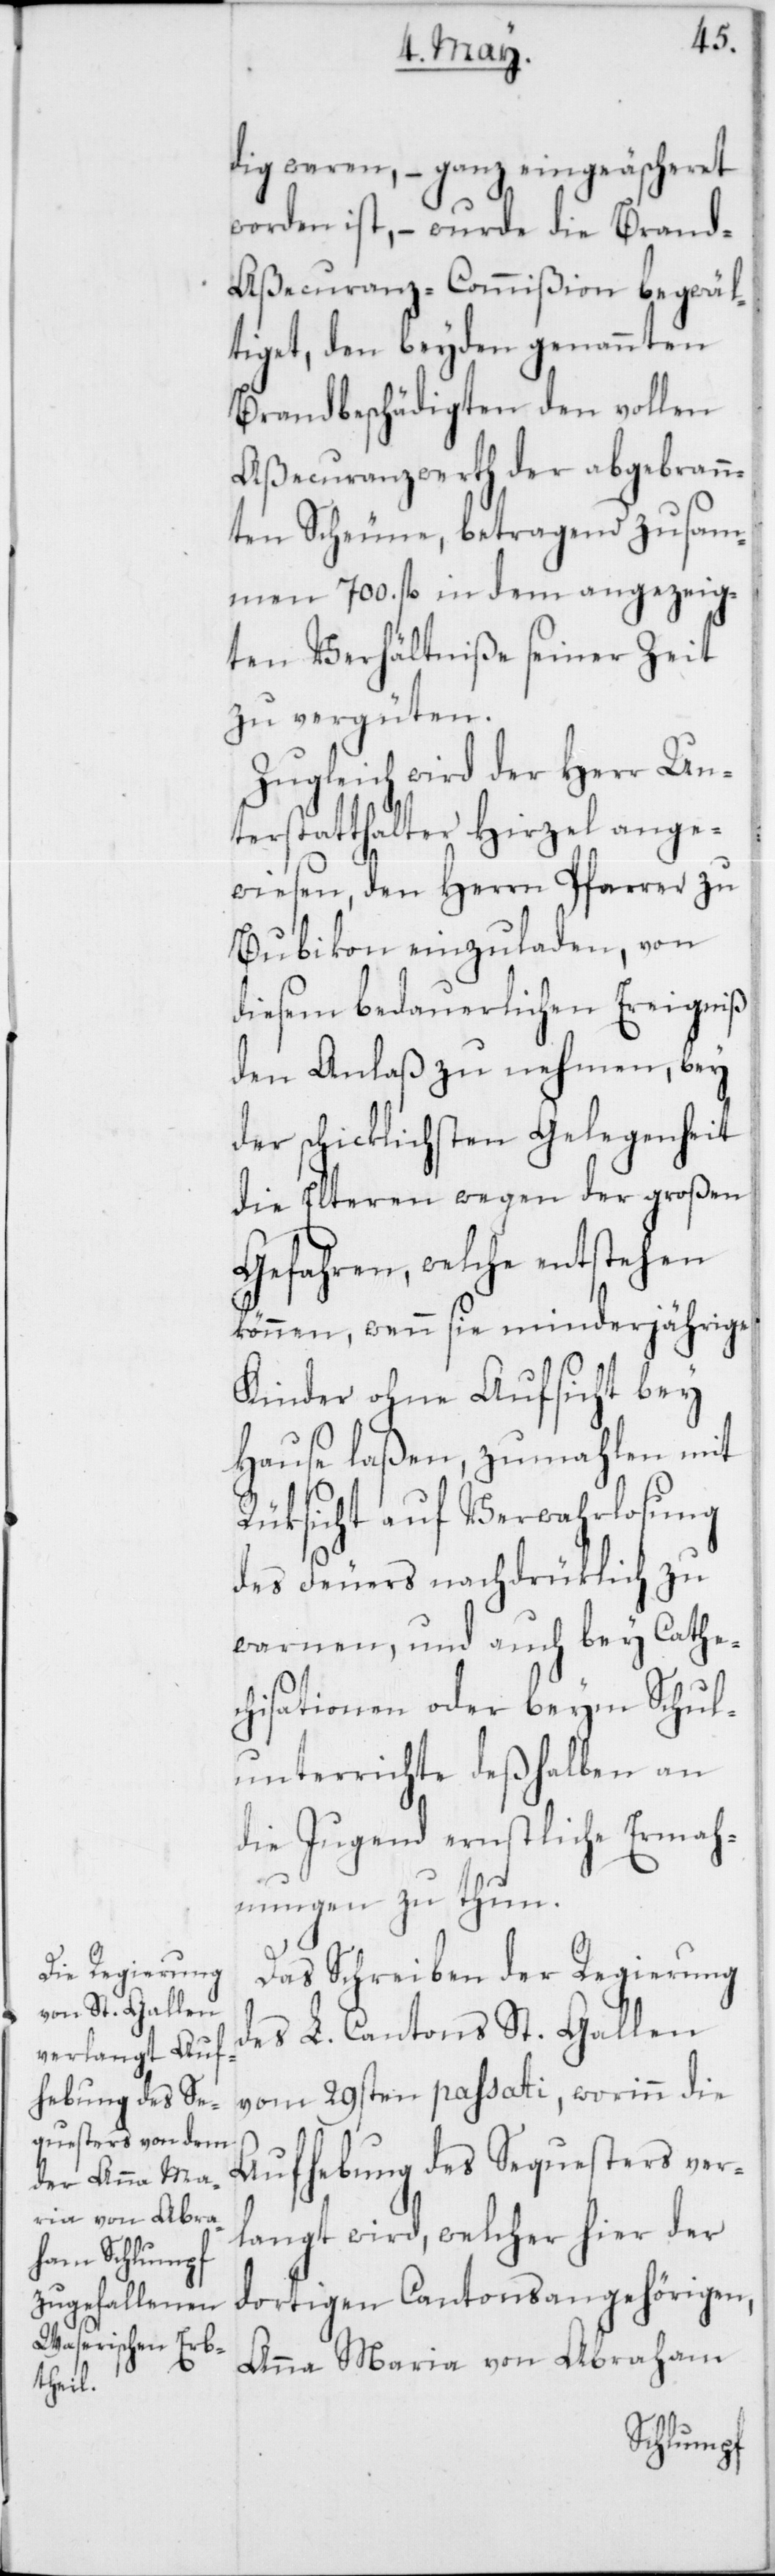
dig waren, – ganz eingeäscheret
worden ist, – wurde die Brand-A¬
ßecuranz-Commißion begwäl¬
tiget, den beyden genannten
Brandbeschädigten den vollen
Aßecuranzwerth der abgebrann¬
ten Scheune, betragend zusam¬
men 700. fl. in dem angezeig¬
ten Verhältniße seiner Zeit
zu vergüten.
Zugleich wird der Herr Un¬
terstatthalter Hirzel ange¬
wiesen, den Herrn Pfarrer zu
Bubikon einzuladen, von
diesem bedauerlichen Ereigniß
den Anlaß zu nehmen, bey
der schicklichsten Gelegenheit
die Elteren wegen der großen
Gefahren, welche entstehen
können, wenn sie minderjährige
Kinder ohne Aufsicht bey
Hause laßen, zumahlen mit
Rüksicht auf Verwahrlosung
des Feuers nachdrüklich zu
warnen, und auch bey Cathe¬
chisationen oder beym Schul¬
unterrichte deßhalben an
die Jugend ernstliche Ermah¬
nungen zu thun.
Das Schreiben der Regierung
des L. Cantons St. Gallen
vom 29sten passati, worinn die
Aufhebung des Sequesters ver¬
langt wird, welcher hier der
dortigen Cantonsangehörigen,
Anna Maria von Abraham